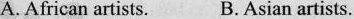
A. African artists. B.Asian artists.